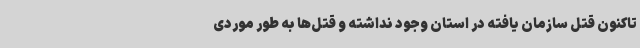
تاکنون قتل سازمان یافته در استان وجود نداشته و قتل‌ها به طور موردی